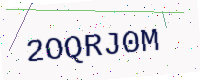
Text: 2OQRJ0M